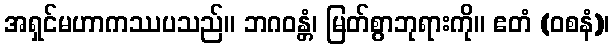
အရှင်မဟာကဿပသည်။ ဘဂဝန္တံ၊ မြတ်စွာဘုရားကို။ ဧတံ (ဝစနံ)၊